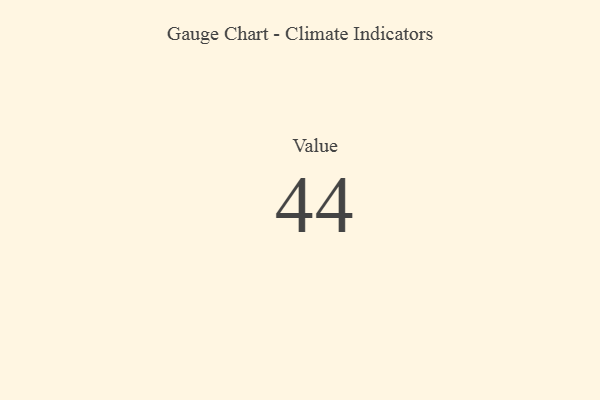
{"axis": {"x": "Metric", "y": "Value"}, "legend": [""], "data": [{"x": "Value", "y": 44, "type": ""}]}